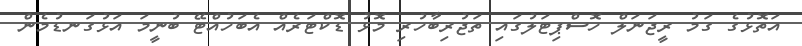
އަތޮޅުގެ ގަމު ރީޖަނަލް ހޮސްޕިޓަލުގައި ތަޖުރިބާހުރި މޮޅު ޑޮކްޓަރެއް އެބަހުއްޓޭ ބުނީމަ އަޅުގަނޑުމެން